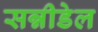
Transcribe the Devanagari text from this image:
सन्नीडेल